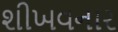
શીખવનાર